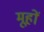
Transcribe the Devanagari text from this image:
मूहों